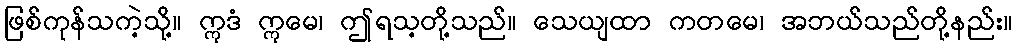
ဖြစ်ကုန်သကဲ့သို့။ ဣဒံ ဣမေ၊ ဤရသ့တို့သည်။ သေယျထာ ကတမေ၊ အဘယ်သည်တို့နည်း။